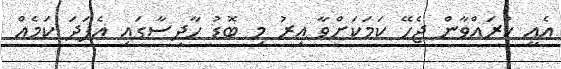
އެއީ ކުރައްވާން ޖެހޭ ކަމަކަށްވާ އިރު މި ބޮޑު ހާދިސާގައި އެފަދަ ކަމެއް